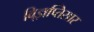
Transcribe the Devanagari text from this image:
वि्ज्ञप्तिसार